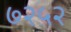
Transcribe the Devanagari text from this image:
७२५२